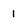
Character: 1